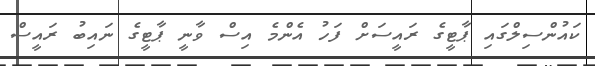
ކައުންސިލްގައި ޕާޓީގެ ރައީސަށް ފަހު އެންމެ އިސް ވާނީ ޕާޓީގެ ނައިބު ރައީސް